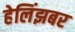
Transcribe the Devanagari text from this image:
हेलिंझबर